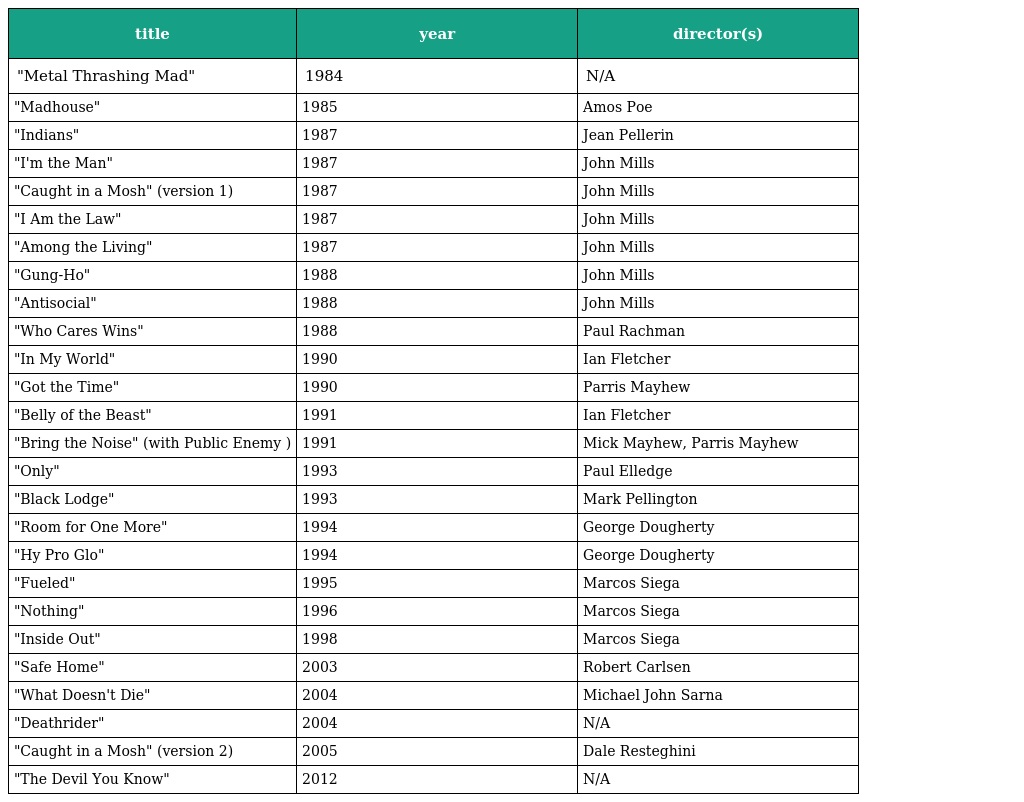
| title | year | director(s) |
 | --- | --- | --- |
 | "Metal Thrashing Mad" | 1984 | N/A |
 | "Madhouse" | 1985 | Amos Poe |
 | "Indians" | 1987 | Jean Pellerin |
 | "I'm the Man" | 1987 | John Mills |
 | "Caught in a Mosh" (version 1) | 1987 | John Mills |
 | "I Am the Law" | 1987 | John Mills |
 | "Among the Living" | 1987 | John Mills |
 | "Gung-Ho" | 1988 | John Mills |
 | "Antisocial" | 1988 | John Mills |
 | "Who Cares Wins" | 1988 | Paul Rachman |
 | "In My World" | 1990 | Ian Fletcher |
 | "Got the Time" | 1990 | Parris Mayhew |
 | "Belly of the Beast" | 1991 | Ian Fletcher |
 | "Bring the Noise" (with Public Enemy ) | 1991 | Mick Mayhew, Parris Mayhew |
 | "Only" | 1993 | Paul Elledge |
 | "Black Lodge" | 1993 | Mark Pellington |
 | "Room for One More" | 1994 | George Dougherty |
 | "Hy Pro Glo" | 1994 | George Dougherty |
 | "Fueled" | 1995 | Marcos Siega |
 | "Nothing" | 1996 | Marcos Siega |
 | "Inside Out" | 1998 | Marcos Siega |
 | "Safe Home" | 2003 | Robert Carlsen |
 | "What Doesn't Die" | 2004 | Michael John Sarna |
 | "Deathrider" | 2004 | N/A |
 | "Caught in a Mosh" (version 2) | 2005 | Dale Resteghini |
 | "The Devil You Know" | 2012 | N/A |